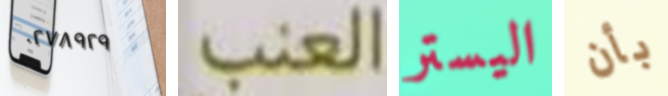
٠٢٧٨٩٢٩ العنب اليستر بأن